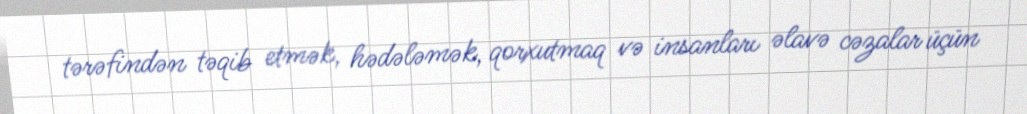
tərəfindən təqib etmək, hədələmək, qorxutmaq və insanları əlavə cəzalar üçün